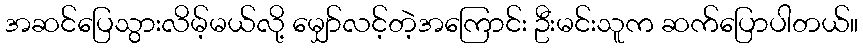
အဆင်ပြေသွားလိမ့်မယ်လို့ မျှော်လင့်တဲ့အကြောင်း ဦးမင်းသူက ဆက်ပြောပါတယ်။